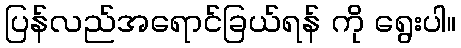
ပြန်လည်အရောင်ခြယ်ရန် ကို ရွေးပါ။